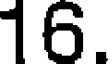
16.